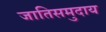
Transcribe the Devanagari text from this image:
जातिसमुदाय